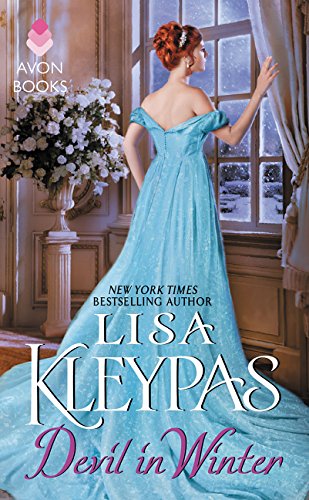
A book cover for The Devil in Winter (The Wallflowers, Book 3); Lisa Kleypas; Romance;